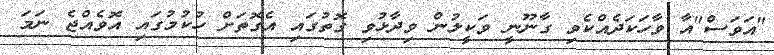
"އަވަސް"އާ ވާހަކަދެއްކެވި ގާނޫނީ ވަކީލުން ވިދާޅުވި ގޮތުގައި އެގޮތަށް ހުކުމުގައި އޮވެއްޖެ ނަމަ